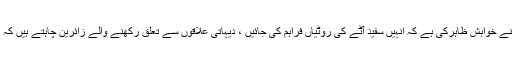
شہری علاقوں سے تعلق رکھنے والے بعض زائرین نے خواہش ظاہرکی ہے کہ انہیں سفید آٹے کی روٹیاں فراہم کی جائیں ، دیہاتی علاقوں سے تعلق رکھنے والے زائرین چاہتے ہیں کہ انہیں گندم کے براﺅن آٹے کی روٹیاں فراہم کی جائیں۔